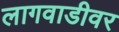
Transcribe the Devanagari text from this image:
लागवाडीवर